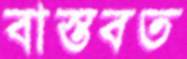
বাস্তবত